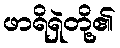
ဖာရိရှဲတို့၏